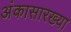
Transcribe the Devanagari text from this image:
अंकासारख्या